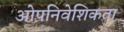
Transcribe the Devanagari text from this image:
ओपनिवेशिकता